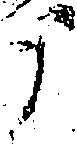
う